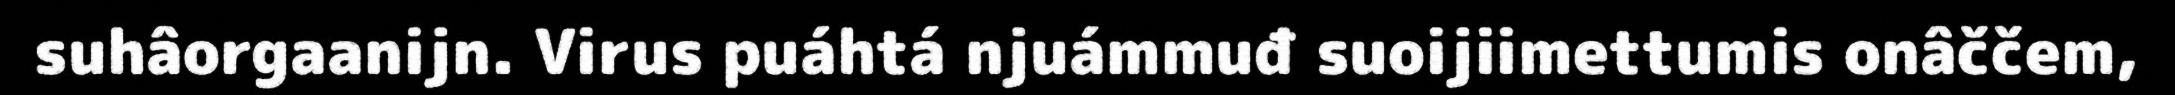
suhâorgaanijn. Virus puáhtá njuámmuđ suoijiimettumis onâččem,